Report of the Municipal Commissioner on the plague in Bombay for the year ending 31st May... - Volume 2
Disease focus: Plague
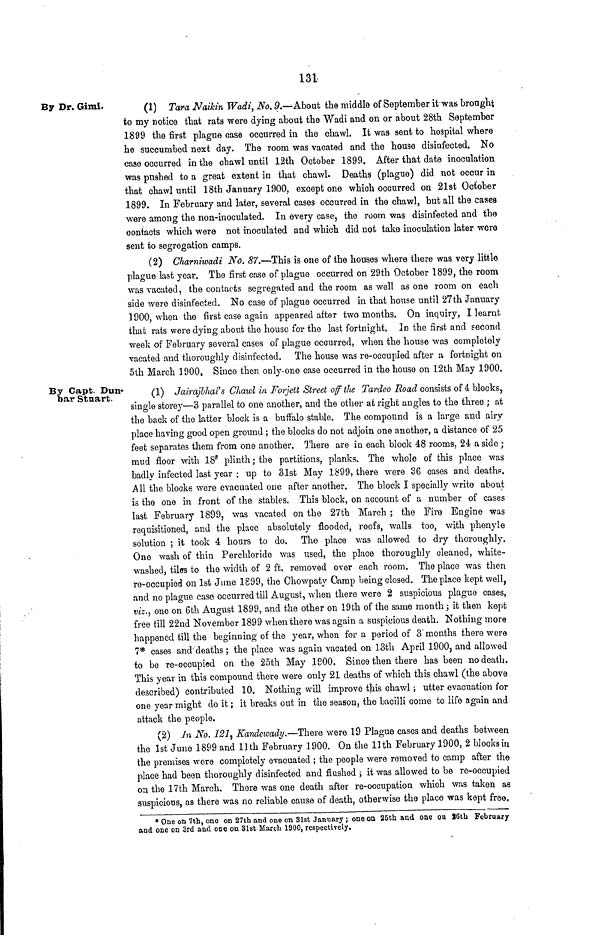
131
By Dr. Gimi.
(1) Tara Naikin Wadi, No. 9.—About the middle of September it was brought
to my notice that rats were dying about the Wadi and on or about 28th September
1899 the first plague case occurred in the chawl. It was sent to hospital where
he succumbed next day. The room was vacated and the house disinfected. No
case occurred in the chawl until 12th October 1899. After that date inoculation
was pushed to a great extent in that chawl. Deaths (plague) did not occur in
that chawl until 18th January 1900, except one which occurred on 21st October
1899. In February and later, several cases occurred in the chawl, but all the cases
were among the non-inoculated. In every case, the room was disinfected and the
contacts which were not inoculated and which did not take inoculation later were
sent to segregation camps.
(2) Charniwadi No. 87.—This is one of the houses where there was very little
plague last year. The first case of plague occurred on 29th October 1899, the room
was vacated, the contacts segregated and the room as well as one room on each
side were disinfected. No case of plague occurred in that house until 27th January
1900, when the first case again appeared after two mouths, On inquiry, I learnt
that rats were dying about the house for the last fortnight. In the first and second
week of February several cases of plague occurred, when the house was completely
vacated and thoroughly disinfected. The house was re-occupied after a fortnight on
5th March 3900, Since then only-one case occurred in the house on 12th May 1900.
By Capt. Dun-
bar Stuart.
(1) Jairajbhai's Chawl in Forjell Street of the Tardeo Road consists of 4 blocks,
single storey—3 parallel to one another, and the other at right angles to the three ; at
the back of the latter block is a buffalo stable. The compound is a large and airy-
place having good open ground ; the blocks do not adjoin one another, a distance of 25
feet separates them from one another. There are in each block 48 rooms, 24 a side ;
mud floor with 18" plinth; the partitions, planks. The whole of this place wus
badly infected last year : up to 31st May lb'99, there were 36 cases and deaths.
All the blocks were evacuated one after another. The block I specially write about
is the one in front of the stables. This block, on account of a number of cases
last February 1899, was vacated on the 27th March ; the Fire Engine wag
requisitioned, and the place absolutely flooded, roofs, walls too, with phenyle
solution ; it took 4 hours to do. The place was allowed to dry thoroughly.
One wash of thin Perchloride was used, the place thoroughly cleaned, white-
washed, tiles to the width of 2 ft. removed over each room. The place was then
ro-occupied on 1st June 1899, the Chowpaty Camp being closed. The place kept well,
and no plague case occurred till August, when there were 2 suspicious plague cases,
viz., one on 6th August 1899, and the other on 19th of the same month; it then kept
free till 22nd November 1899 when there was again a suspicious death. Nothing more
happened till the beginning of the year, when fora period of 3'months there were
7* cases and" deaths ; the place was again vacated on 13th April 1900, and allowed
to be re-occupied on the 25th May 1900. Since then there has been no death.
This year in this compound there were only 21 deaths of which this chawl (the above
described) contributed 10. Nothing will improve this chawl; utter evacuation for
one year might do it; it breaks out in the season, the bacilli come to life again and
attack the people.
(2) In No. 121j Kandewady.—There wore 19 Plague cases and deaths between
the 1st June 1899 and llth February 1900. On the llth February 1900, 2 blocks in
the premises wore completely evacuated ; the people were removed to camp after the
place had been thoroughly disinfected and flushed ; it was allowed to be re-occupied
on the 17th March. There was one death after re-occupation which was taken as
suspicious, as there was no reliable cause of death, otherwise the place was kept free.
* One on 7th, one on 27th and one on 31st January ; one on 25th and one on S6th February
and one on 3rd and one on 31st March 1900, respectively.